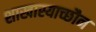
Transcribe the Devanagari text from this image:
शाखास्याच्छौन